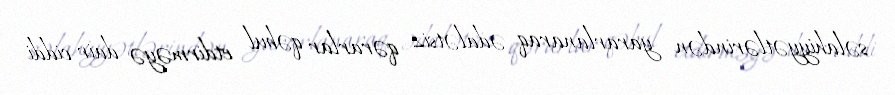
səlahiyyətlərindən yararlanaraq ədalətsiz qərarlar qəbul etdirməyə dair ciddi